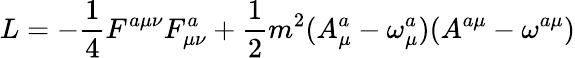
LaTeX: L=-\frac 14F^{a\mu\nu}F_{\mu\nu}^{a}+\frac 12m^{2}(A_{\mu}^{a}-\omega_{\mu}^{a})(A^{a\mu}-\omega^{a\mu})